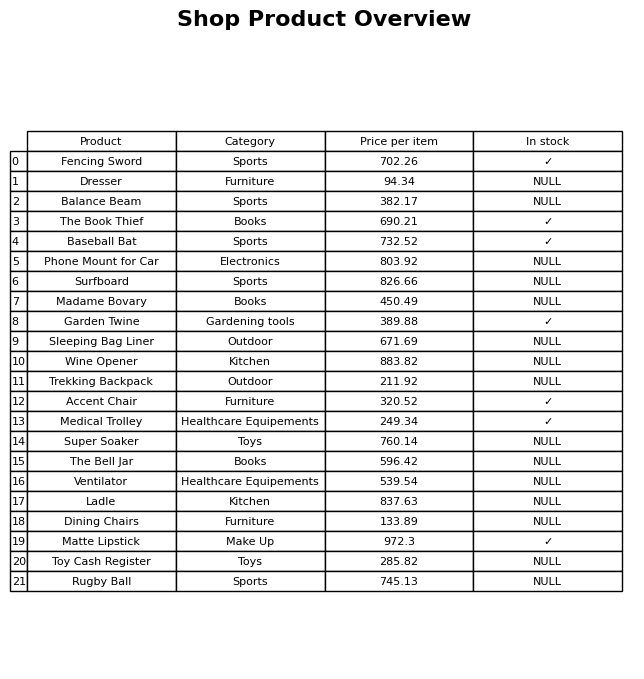
question: Is the Madame Bovary in stock?
answer: NULL